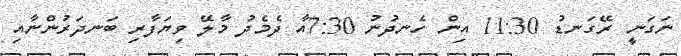
ނަގަނީ ރޭގަނޑު 11:30 އިން ހެނދުނު 7:30އާ ދެމެދު މާލޭ ވިޔަފާރި ބަނދަރުންނާއި